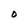
Character: O